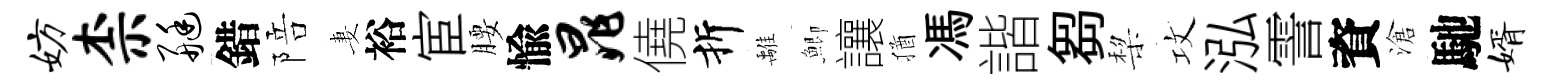
妨柰艇錯陪妻裕宦腰愉晁僥折𩀌鯽讓猶馮諧芻棃攻泓霅資滄馳婿